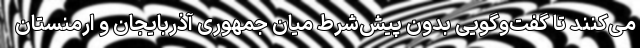
می‌کنند تا گفت‌وگویی بدون پیش‌شرط میان جمهوری آذربایجان و ارمنستان